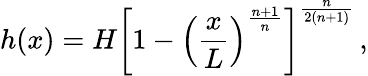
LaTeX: h(x)=H\left[1-\left(\frac{x}{L}\right)^{\frac{n+1}{n}}\right]^{\frac{n}{2(n+1)}}\, ,